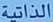
الذاتية